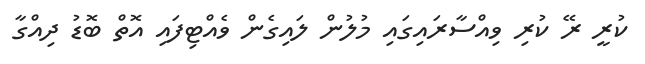
ކުރީ ރޭ ކުރި ވިއްސާރައިގައި މުލުން ލައިގެން ވެއްޓިފައި އޮތް ބޮޑު ދިއްގާ